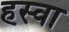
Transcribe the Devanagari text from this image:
हस्वा